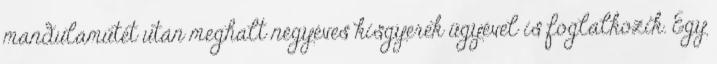
mandulaműtét után meghalt négyéves kisgyerek ügyével is foglalkozik. Egy